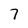
Character: 7